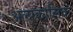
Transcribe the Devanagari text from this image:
अल्‍पकालिक